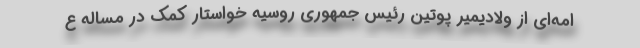
امه‌ای از ولادیمیر پوتین رئیس جمهوری روسیه خواستار کمک در مساله ع